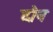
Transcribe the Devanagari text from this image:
दौन